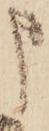
申